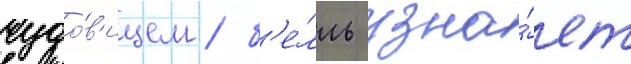
чудо́в'ищем / б'е́лль узна́ет